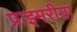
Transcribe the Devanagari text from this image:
प्राइमरीया